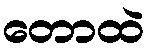
တောထဲ